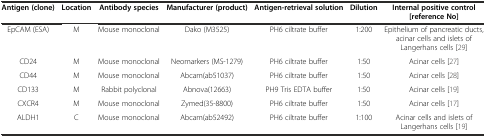
| Antigen (clone) | Location | Antibody species | Manufacturer (product) | Antigen-retrieval solution | Dilution | Internal positive control [reference No] |
 | --- | --- | --- | --- | --- | --- | --- |
 | EpCAM (ESA) | M | Mouse monoclonal | Dako (M3525) | PH6 ciltrate buffer | 1:200 | Epithelium of pancreatic ducts, acinar cells and islets of Langerhans cells [29] |
 | CD24 | M | Mouse monoclonal | Neomarkers (MS-1279) | PH6 ciltrate buffer | 1:50 | Acinar cells [27] |
 | CD44 | M | Mouse monoclonal | Abcam(ab51037) | PH6 ciltrate buffer | 1:50 | Acinar cells [28] |
 | CD133 | M | Rabbit polyclonal | Abnova(12663) | PH9 Tris EDTA buffer | 1:50 | Acinar cells [19] |
 | CXCR4 | M | Mouse monoclonal | Zymed(35-8800) | PH6 ciltrate buffer | 1:50 | Acinar cells [17] |
 | ALDH1 | C | Mouse monoclonal | Abcam(ab52492) | PH6 ciltrate buffer | 1:100 | Acinar cells and islets of Langerhans cells [19] |